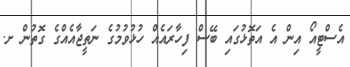
އެސްޓީއޯ އިން އެ އަތޮޅުގައި ބޭސް ފިހާރައެއް ހުޅުވުމުގެ ނަތީޖާއެއްގެ ގޮތުން ށ.